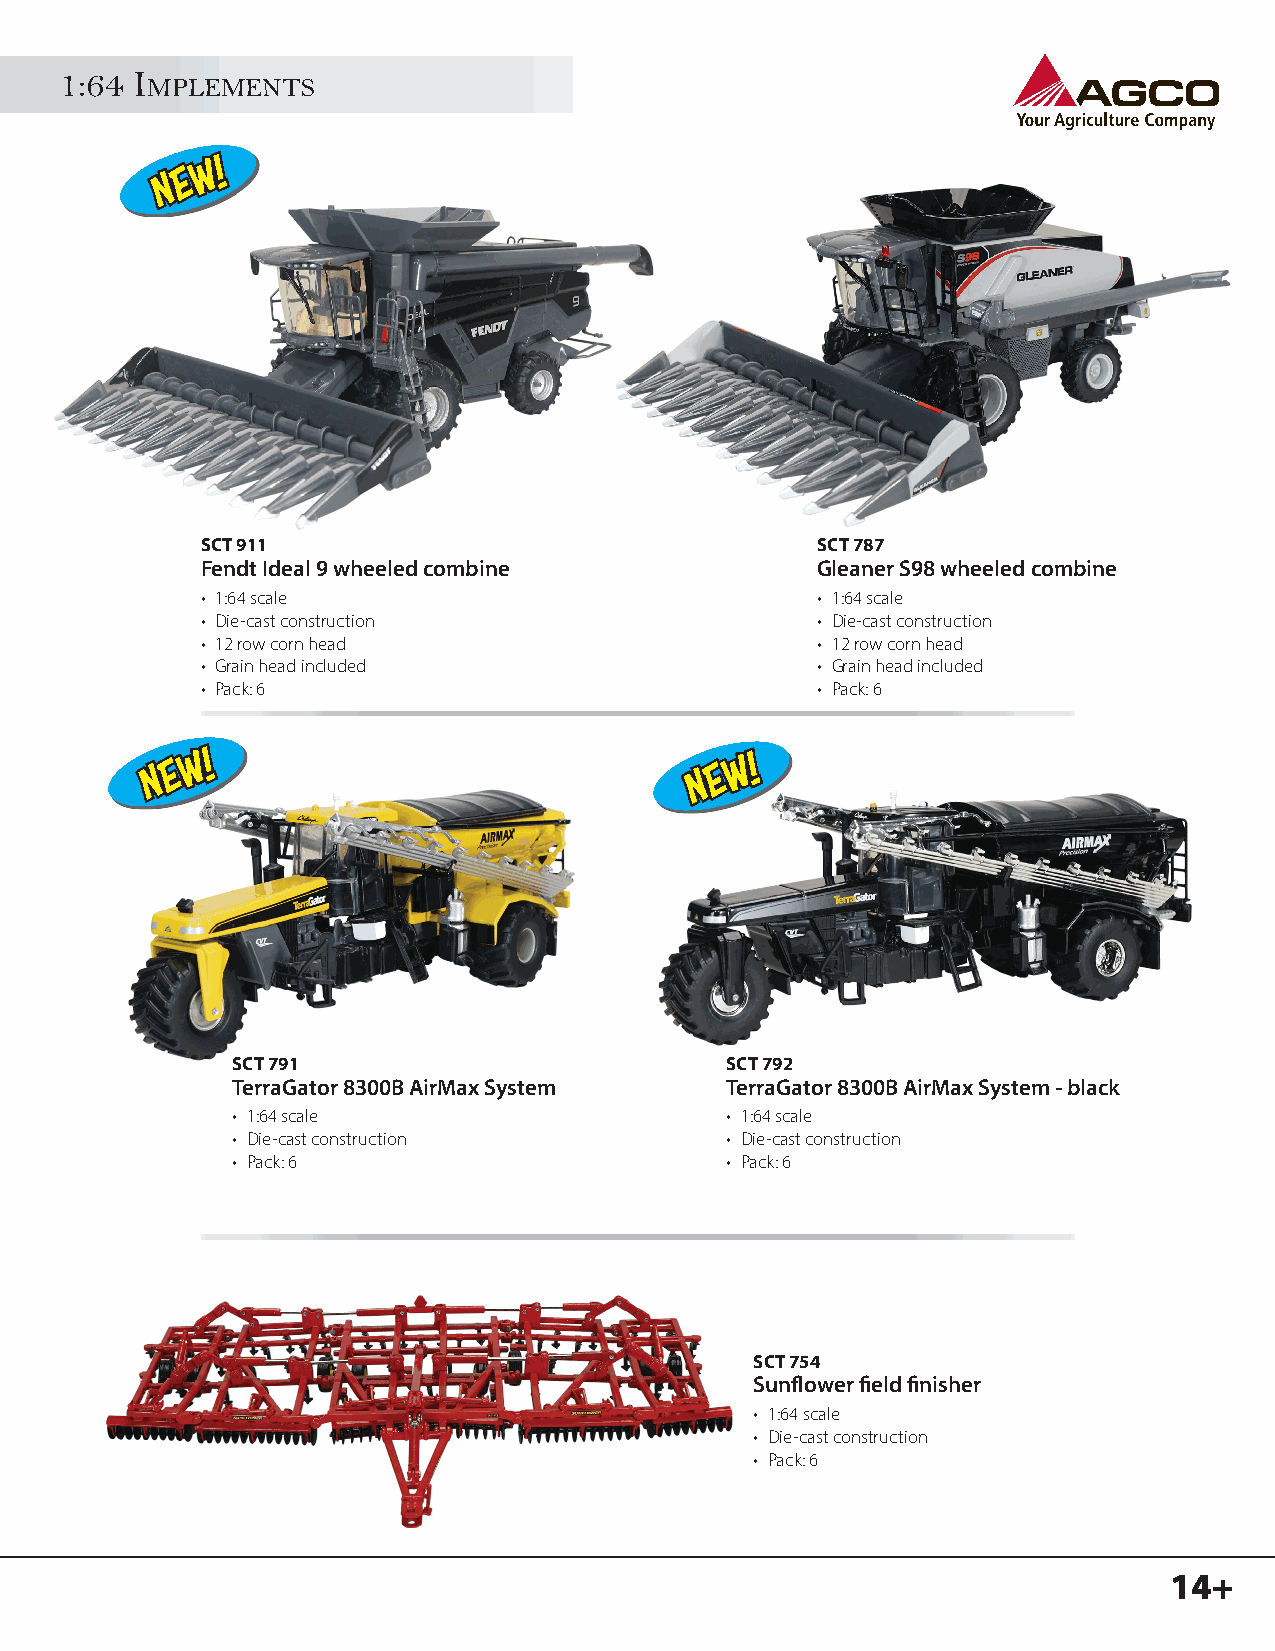
1:64 I
 MPLEMENTS
 SCT 911                                  SCT 787
 Fendt Ideal 9 wheeled combine            Gleaner S98 wheeled combine
 • 1:64 scale                             • 1:64 scale
 • Die-cast construction                  • Die-cast construction
 • 12 row corn head                       • 12 row corn head
 • Grain head included                    • Grain head included
 • Pack: 6                                • Pack: 6
 SCT 791                          SCT 792
 TerraGator 8300B AirMax System   TerraGator 8300B AirMax System - black
 • 1:64 scale                     • 1:64 scale
 • Die-cast construction          • Die-cast construction
 • Pack: 6                        • Pack: 6
 SCT 754
 Sunfl ower fi eld fi nisher
 • 1:64 scale
 • Die-cast construction
 • Pack: 6
 14+